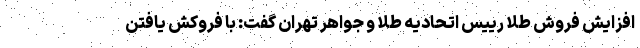
افزایش فروش طلا رییس اتحادیه طلا و جواهر تهران گفت: با فروکش یافتن